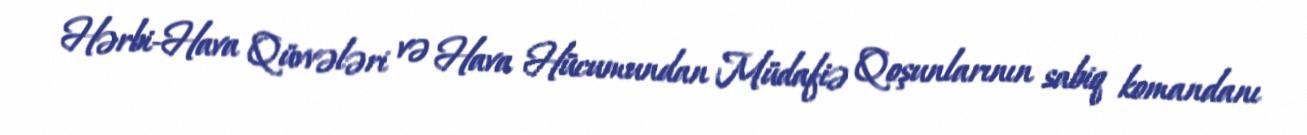
Hərbi-Hava Qüvvələri və Hava Hücumundan Müdafiə Qoşunlarının sabiq komandanı